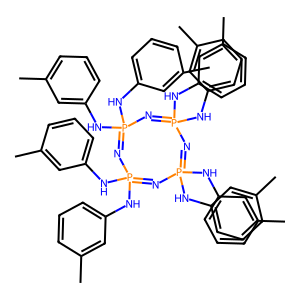
SMILES: Cc1cccc(NP2(Nc3cccc(C)c3)=NP(Nc3cccc(C)c3)(Nc3cccc(C)c3)=NP(Nc3cccc(C)c3)(Nc3cccc(C)c3)=NP(Nc3cccc(C)c3)(Nc3cccc(C)c3)=N2)c1
Inhibits HIV replication: No